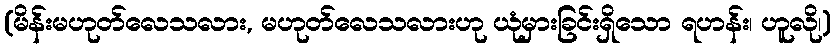
(မိန်းမဟုတ်လေသလား, မဟုတ်လေသလားဟု ယုံမှားခြင်းရှိသော ရဟန်း၊ ဟူလို၊)